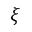
\xi